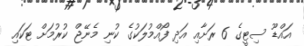
އައްޑޫ ސިޓީގެ 6 ރަށާއި އަދި ފޯއްމުލަކުގެ ކުނި މެނޭޖް ކުރުމަށް ޓަކައި